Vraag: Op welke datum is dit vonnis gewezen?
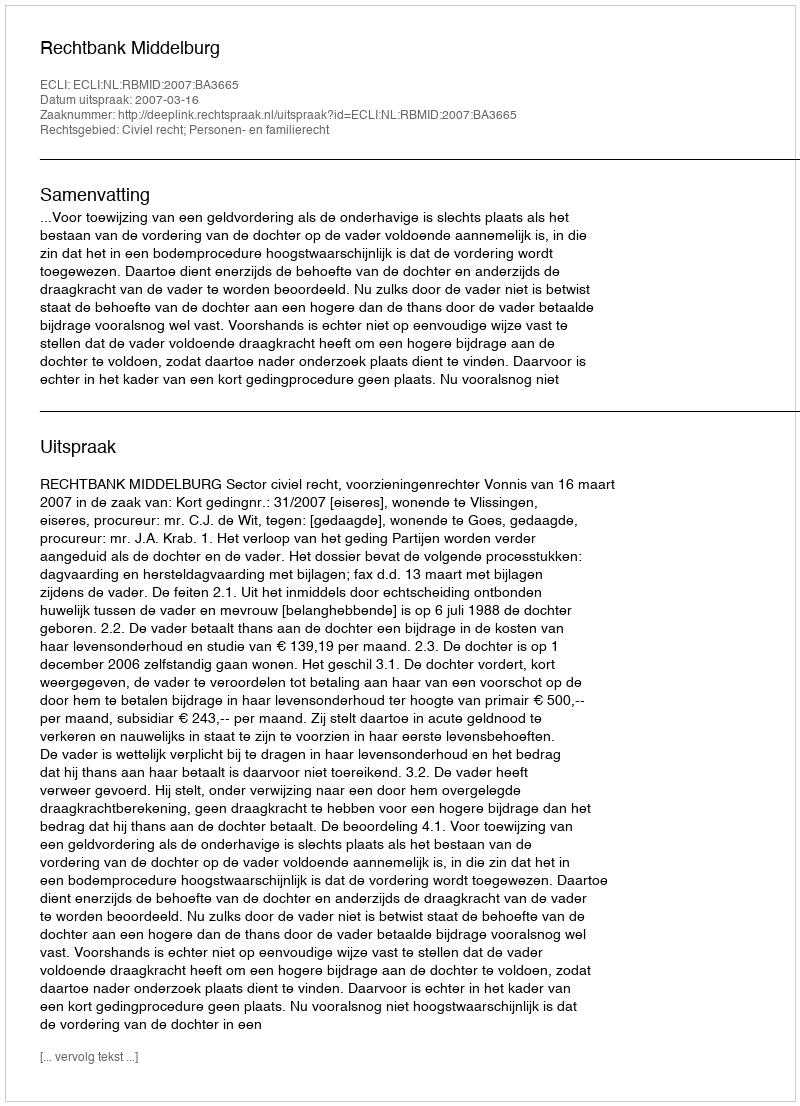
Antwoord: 2007-03-16